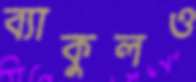
ব্যাকুলও